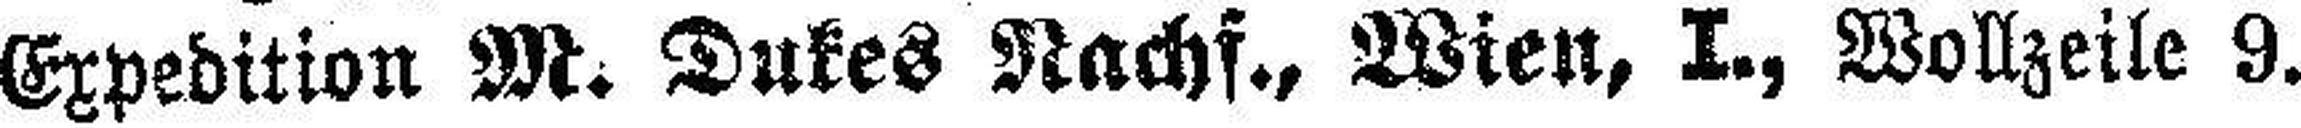
Expedition M. Dukes Nachf., Wien, I., Wollzeile 9.